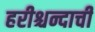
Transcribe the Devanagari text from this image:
हरीश्चन्दाची